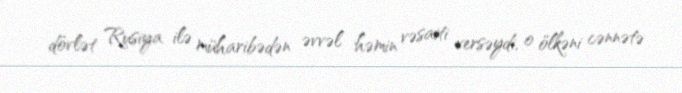
dövlət Rusiya ilə müharibədən əvvəl həmin vəsaiti versəydi, o ölkəni cənnətə